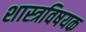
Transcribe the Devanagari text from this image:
शास्त्रविषयक